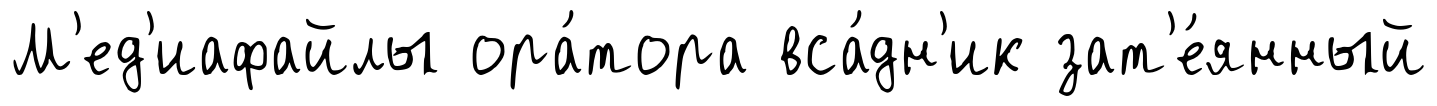
М'ед'иафайлы ора́тора вса́дн'ик зат'е́янный